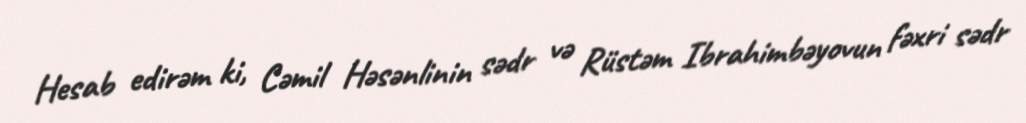
Hesab edirəm ki, Cəmil Həsənlinin sədr və Rüstəm Ibrahimbəyovun fəxri sədr